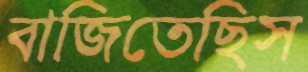
বাজিতেছিস